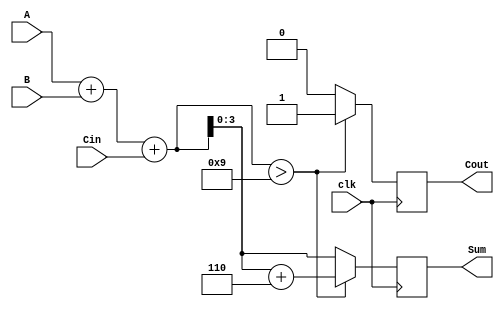
module BCD_Synchronous_Adder (
    input wire [3:0] A,      // First BCD digit (0-9)
    input wire [3:0] B,      // Second BCD digit (0-9)
    input wire clk,          // Clock signal
    input wire Cin,          // Carry input for multi-digit addition
    output reg [3:0] Sum,    // BCD output (result)
    output reg Cout          // Carry output
);

    reg [4:0] S;            // 5-bit sum to hold the result of A + B + Cin

    always @(posedge clk) begin
        // Perform binary addition
        S = A + B + Cin;

        // Check if correction is needed
        if (S > 9) begin
            // Apply correction by adding 6
            Sum = S + 6;
            Cout = 1; // Set carry out
        end else begin
            Sum = S[3:0]; // No correction needed, take lower 4 bits
            Cout = 0;     // No carry out
        end
    end

endmodule